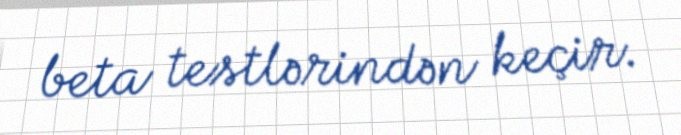
beta testlərindən keçir.